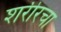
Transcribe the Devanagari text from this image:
शरीरचा